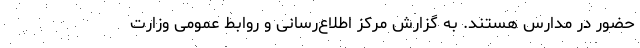
حضور در مدارس هستند. به گزارش مرکز اطلاع‌رسانی و روابط عمومی وزارت